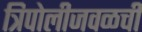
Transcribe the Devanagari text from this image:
त्रिपोलीजवळची